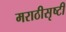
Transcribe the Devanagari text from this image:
मराठीसृष्टी